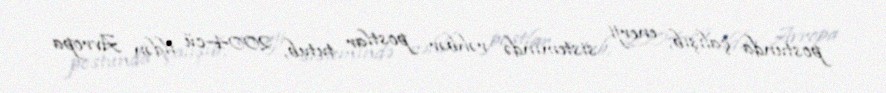
postunda çalışıb, enerji sistemində rəhbər postlar tutub, 2004-cü ildən Avropa